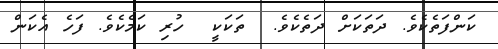
ކަންފަތެކެވެ. ދަތަކަށް ދަތެކެވެ.  ތަކަކީ  ހުރި ކަމެކެވެ. ފަހެ އެކަން